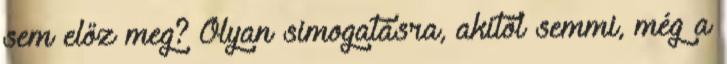
sem előz meg? Olyan simogatásra, akitől semmi, még a